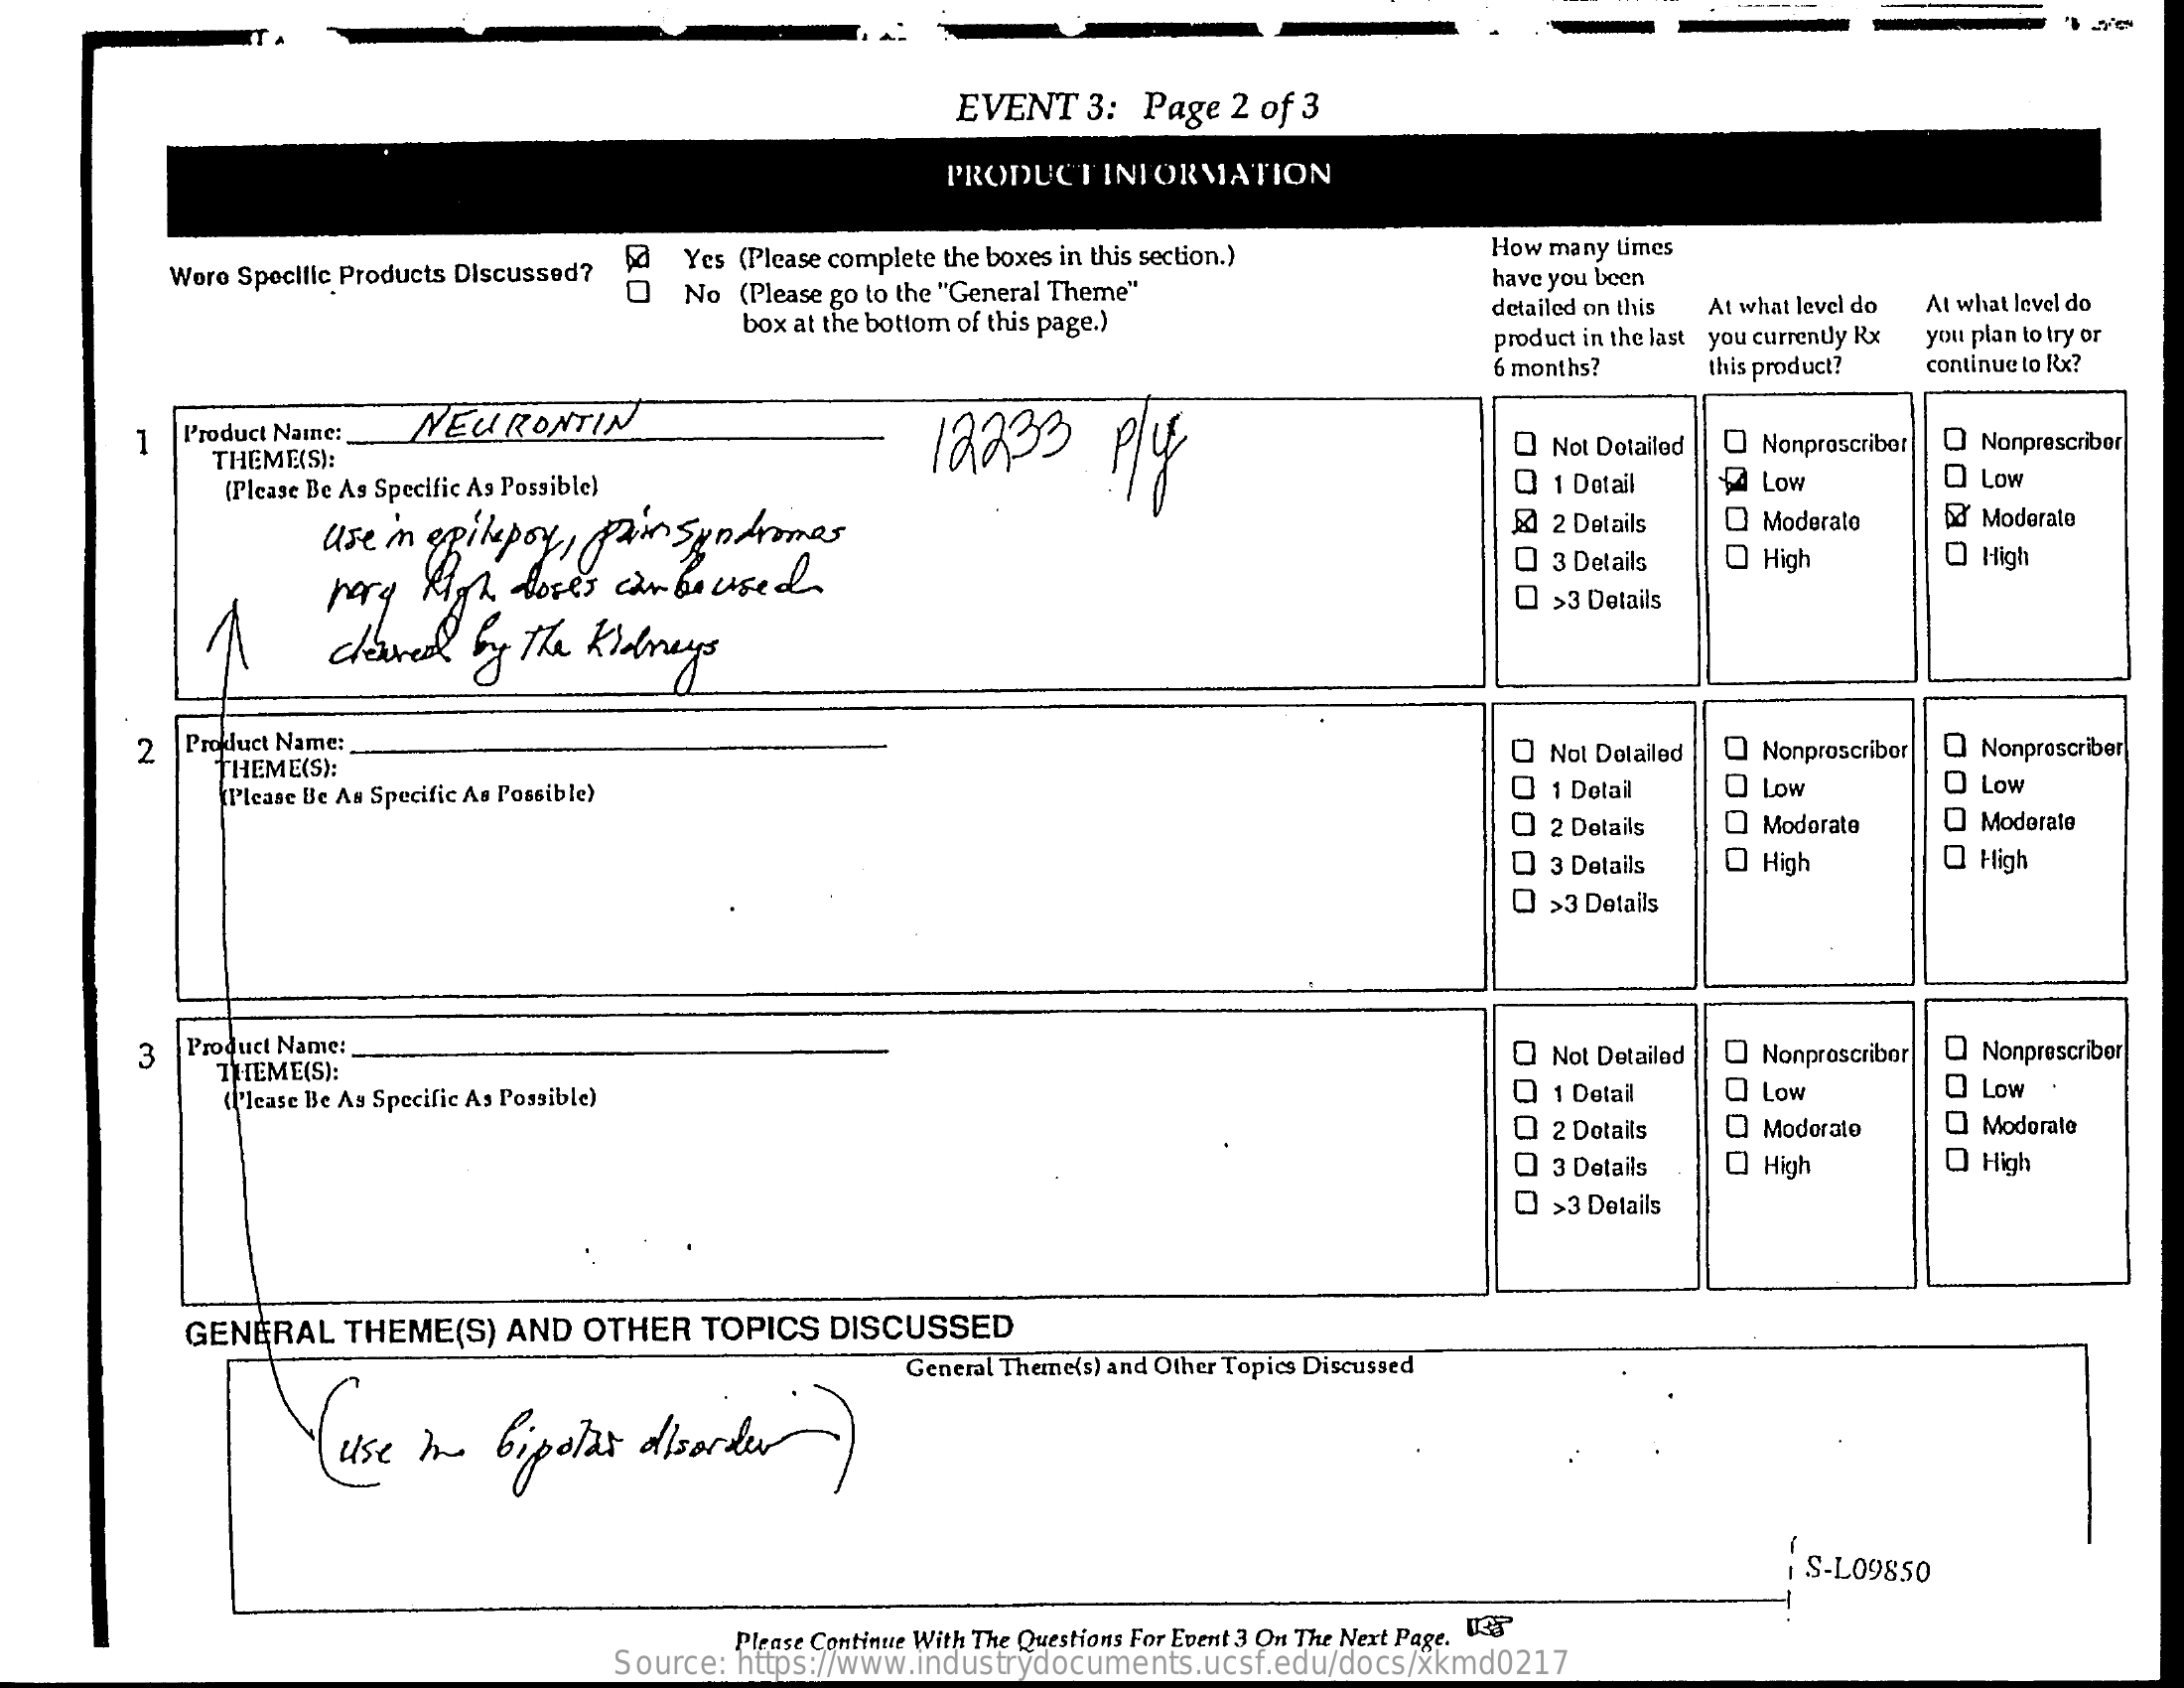
EVENT  3: Page 2 of 3
     PRODUCT  INFORMATION
     Were Specific Products Discussed? Yes (Please complete the boxes in this section.) How many times
     No (Please go to the "General Theme"    have you been
     box at the bottom of this page.)
     detailed on this At what level do At what level do
     product in the last you currently Rx you plan to try or
     6 months?   this product? continue to Rx?
     1  Product Name:
     NEURONTIN    12233    P/4
     THEME(S):
     Q Not Dotailed O Nonprescriber Q Nonprescriber
     (Please Be As Specific As Possible)    Q 1 Detail 44 Low    Q Low
     Usem epilepsy, Pain syndromes    & 2 Details  Moderale   a' Moderate
     very high dose's can beused.
     Q 3 Details O High    O High
     Q >3 Details
     clowned by the Kidneys
     2 Product Name:
     THEME(S):
     O Not Detailed Q Nonprescribor Q Nonprescriber
     (Please Be As Specific As Possible)    O 1 Detail O Low    O Low
     2 Details   Moderate    Moderate
     Q 3 Details O High    O High
     Q >3 Details
     3  Product Name:
     THEME(S):
     Q Not Detailed Q Nonprescribor Q Nonprescriber
     ('Icase Be As Specific As Possible)    Q 1 Detail  @ Low    O Low
     Q 2 Details Q Moderato  Q Modorate
     Q 3 Details Q High    Q High
     Q >3 Details
     GENERAL  THEME(S) AND OTHER  TOPICS DISCUSSED
     General Theme(s) and Other Topics Discussed
     use me  bipolar disorder
     I S-L09850
     Please Continue With The Questions For Event 3 On The Next Page. USS
     Source: https://www.industrydocuments.ucsf.edu/docs/xkmd0217